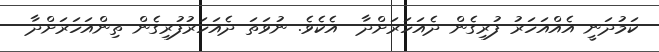
ކަމުދަނީ އެއްއަހަރު ފުރިގެން ދެއަހަރަށްދާ  އެކެވެ. ނުވަތަ ދެއަހަރުފުރިގެން ތިންއަހަރަށްދާ